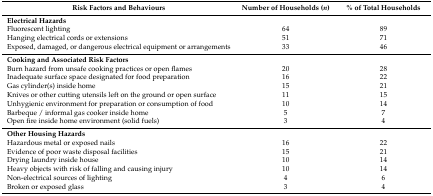
<table><thead><tr><td><b>Risk Factors and Behaviours</b></td><td><b>Number of Households (<i>n</i>)</b></td><td><b>% of Total Households</b></td></tr></thead><tbody><tr><td><b>Electrical Hazards</b></td><td></td><td></td></tr><tr><td>Fluorescent lighting</td><td>64</td><td>89</td></tr><tr><td>Hanging electrical cords or extensions</td><td>51</td><td>71</td></tr><tr><td>Exposed, damaged, or dangerous electrical equipment or arrangements</td><td>33</td><td>46</td></tr><tr><td><b>Cooking and Associated Risk Factors</b></td><td></td><td></td></tr><tr><td>Burn hazard from unsafe cooking practices or open flames</td><td>20</td><td>28</td></tr><tr><td>Inadequate surface space designated for food preparation</td><td>16</td><td>22</td></tr><tr><td>Gas cylinder(s) inside home</td><td>15</td><td>21</td></tr><tr><td>Knives or other cutting utensils left on the ground or open surface</td><td>11</td><td>15</td></tr><tr><td>Unhygienic environment for preparation or consumption of food </td><td>10</td><td>14</td></tr><tr><td>Barbeque / informal gas cooker inside home</td><td>5</td><td>7</td></tr><tr><td>Open fire inside home environment (solid fuels) </td><td>3</td><td>4</td></tr><tr><td><b>Other Housing Hazards</b></td><td></td><td></td></tr><tr><td>Hazardous metal or exposed nails </td><td>16</td><td>22</td></tr><tr><td>Evidence of poor waste disposal facilities</td><td>15</td><td>21</td></tr><tr><td>Drying laundry inside house</td><td>10</td><td>14</td></tr><tr><td>Heavy objects with risk of falling and causing injury</td><td>10</td><td>14</td></tr><tr><td>Non-electrical sources of lighting</td><td>4</td><td>6</td></tr><tr><td>Broken or exposed glass</td><td>3</td><td>4</td></tr></tbody></table>